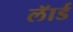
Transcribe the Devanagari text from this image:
लॅार्ड